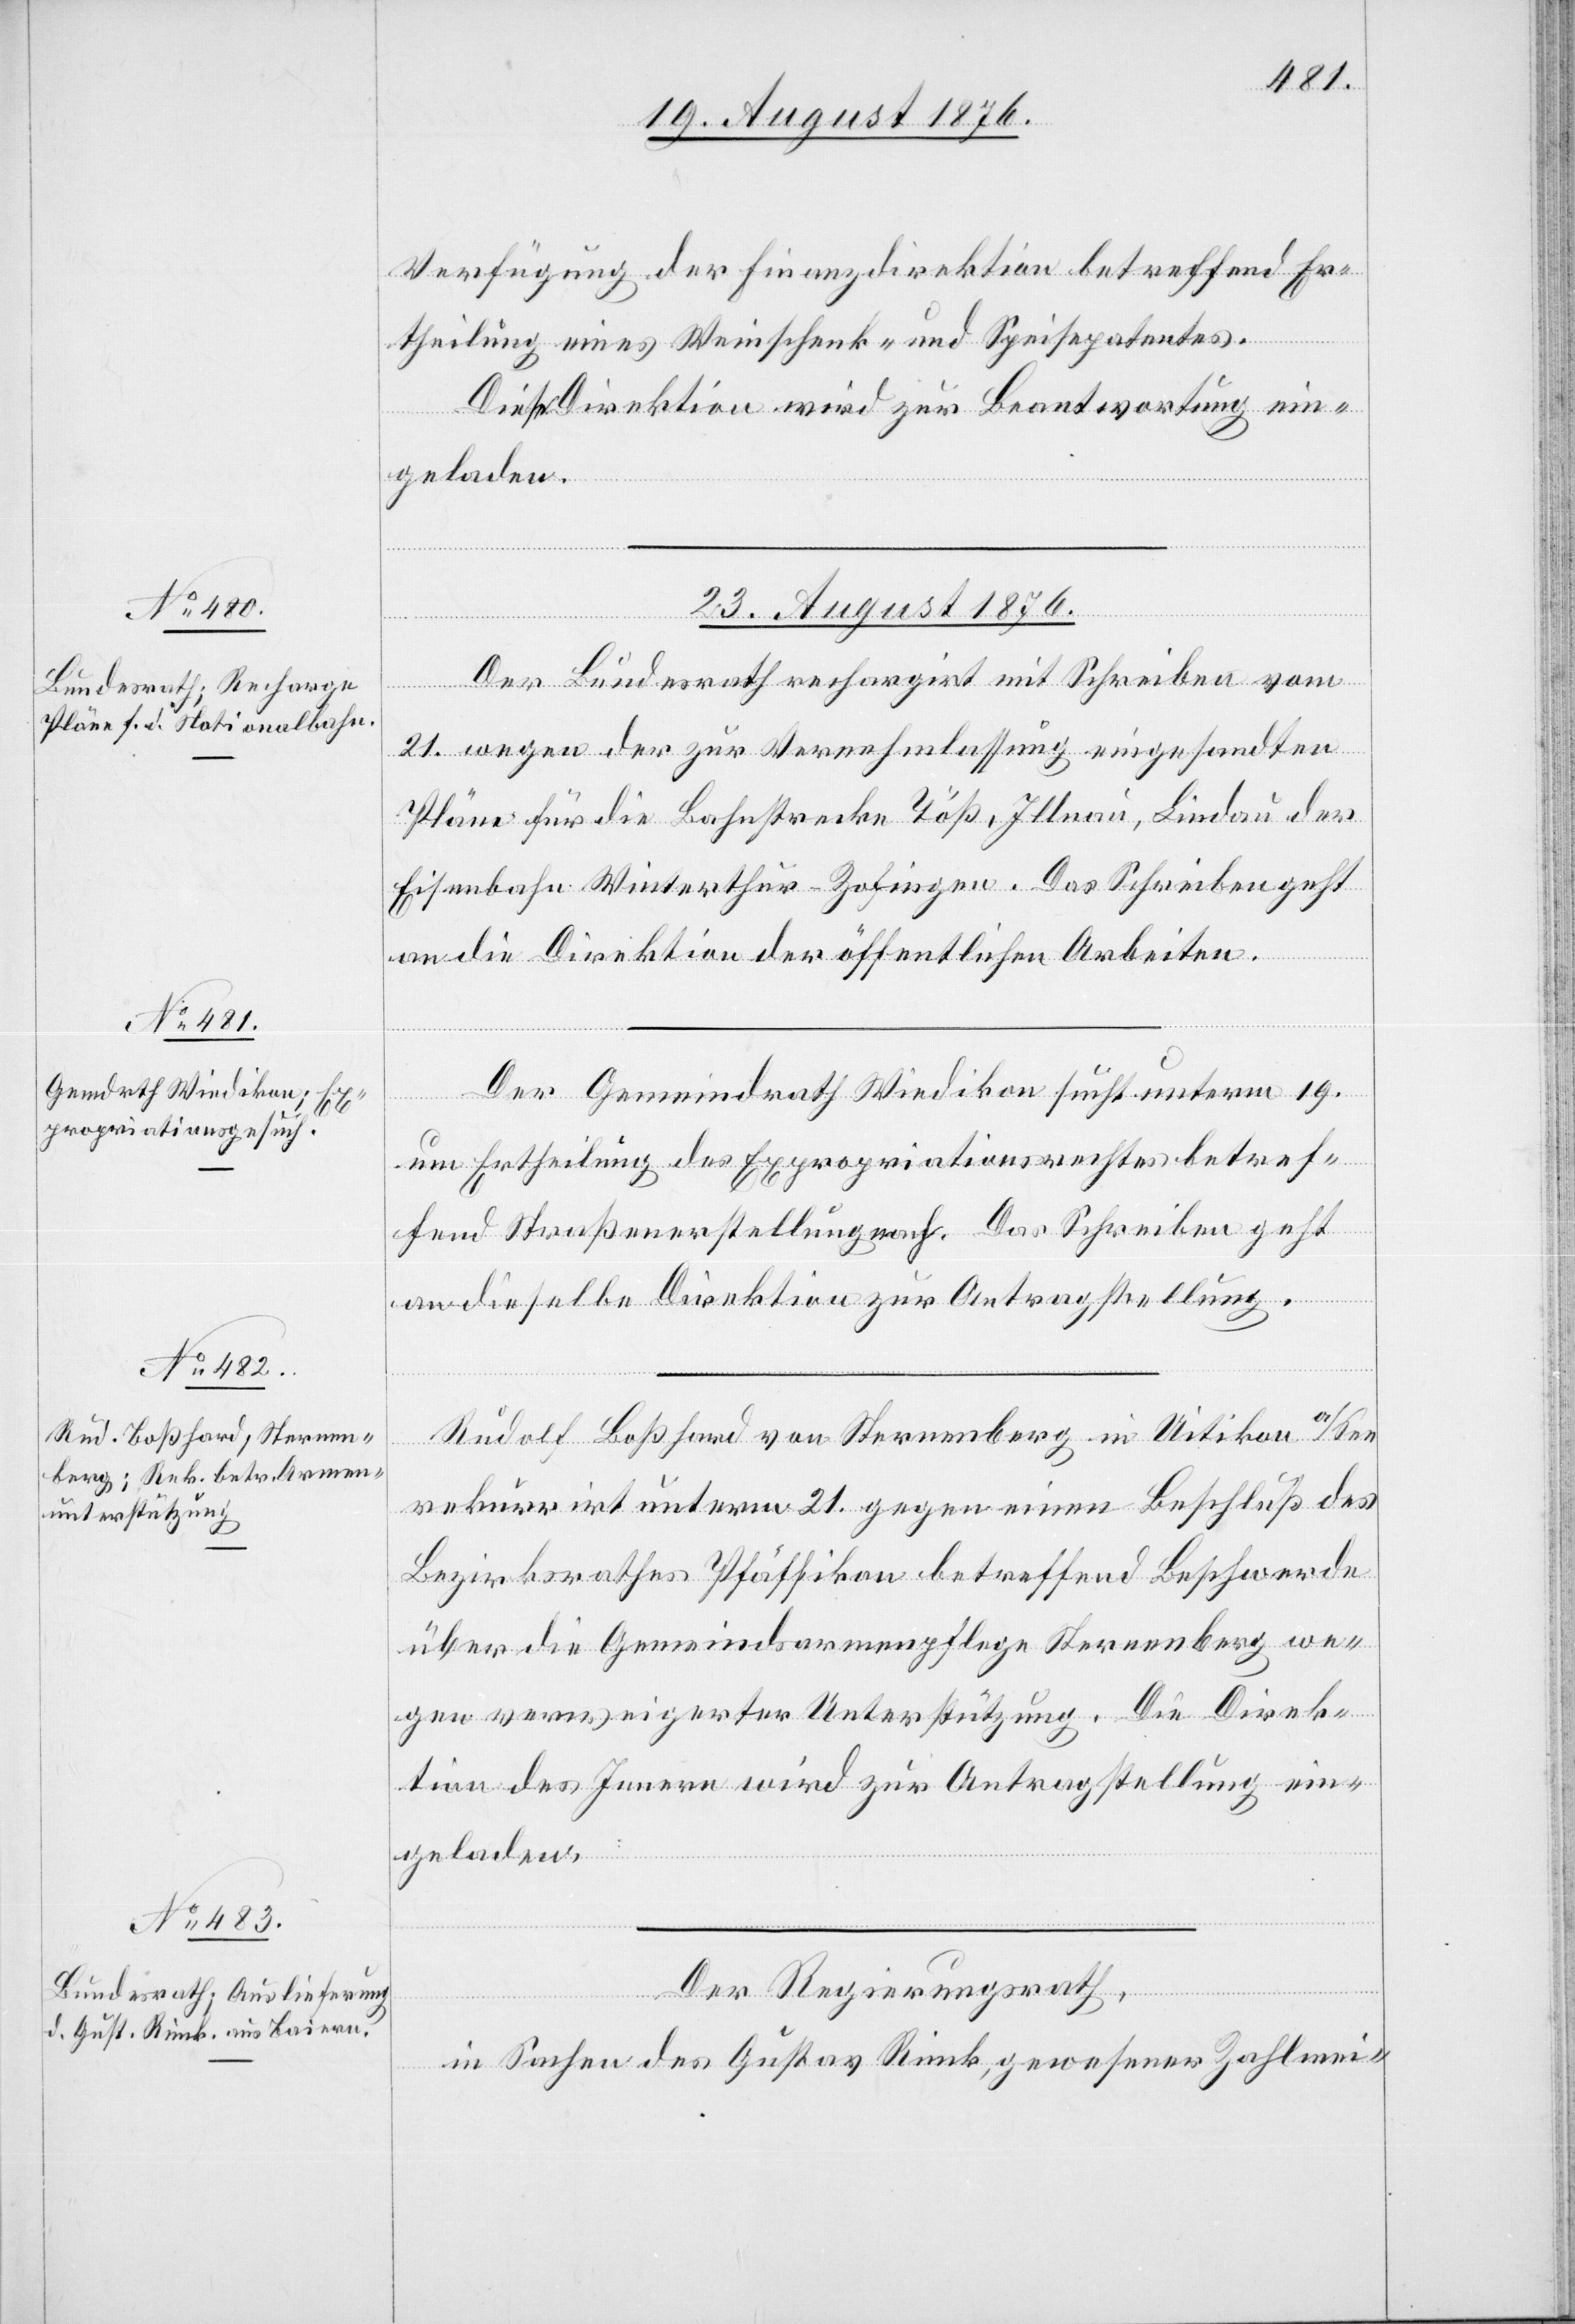
Verfügung der Finanzdirektion betreffend Er¬
rek¬
theilung eines Weinschenk- und Speisepatentes.
Diese Direktion wird zur Beantwortung ein¬
geladen.
23. August 1876.]
Der Bundesrath rechargirt mit Schreiben vom
21. wegen der zur Vernehmlassung eingesandten
Pläne für die Bahnstrecke Töß, Illnau, Lindau der
Eisenbahn Winterthur–Zofingen. Das Schreiben geht
an die Direktion der öffentlichen Arbeiten.
Der Gemeindrath Wiedikon sucht unterm 19.
um Ertheilung des Expropriationsrechtes betref¬
fend Straßenerstellung nach. Das Schreiben geht
an dieselbe Direktion zur Antragstellung.
Rudolf Boßhard von Sternenberg in Uitikon a/See
rekurrirt unterm 21. gegen einen Beschluß des
Bezirksrathes Pfäffikon betreffend Beschwerde
über die Gemeindsarmenpflege. Die Di¬
tion des Innern wird zur Antragstellung ein¬
geladen.
Der Regierungsrath,
in Sachen des Gustav Rink, gewesener Zahlmei-